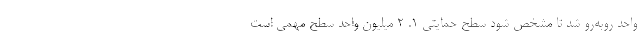
واحد روبه‌رو شد تا مشخص شود سطح حمایتی 1. 2 میلیون واحد سطح مهمی است